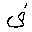
Letter: _fa